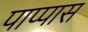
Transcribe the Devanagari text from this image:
पाप्पास